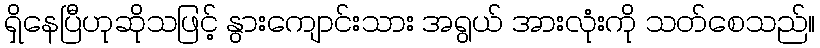
ရှိနေပြီဟုဆိုသဖြင့် နွားကျောင်းသား အရွယ် အားလုံးကို သတ်စေသည်။